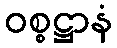
ဝစ္စဋ္ဌာနံ